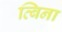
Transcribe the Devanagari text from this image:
व्बिना